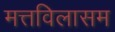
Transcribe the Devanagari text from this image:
मत्तविलासम